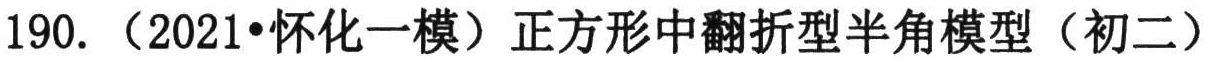
190. （2021•怀化一模）正方形中翻折型半角模型（初二）